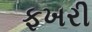
ફખરી